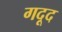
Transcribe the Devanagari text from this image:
गदूद